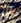
لن